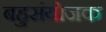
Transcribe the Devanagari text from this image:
बहुसंयोजक